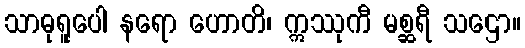
သာဓုရူပေါ နရော ဟောတိ၊ ဣဿုကီ မစ္ဆရီ သဌော။